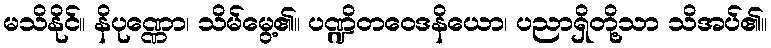
မသိနိုင်။ နိပုဏ္ဏော၊ သိမ်မွေ့၏။ ပဏ္ဍိတဝေဒနိယော၊ ပညာရှိတို့သာ သိအပ်၏။